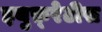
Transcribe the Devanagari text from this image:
इयुफ़्रेटीस